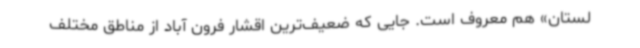
لستان» هم معروف است. جایی که ضعیف‌ترین اقشار فرون آباد از مناطق مختلف